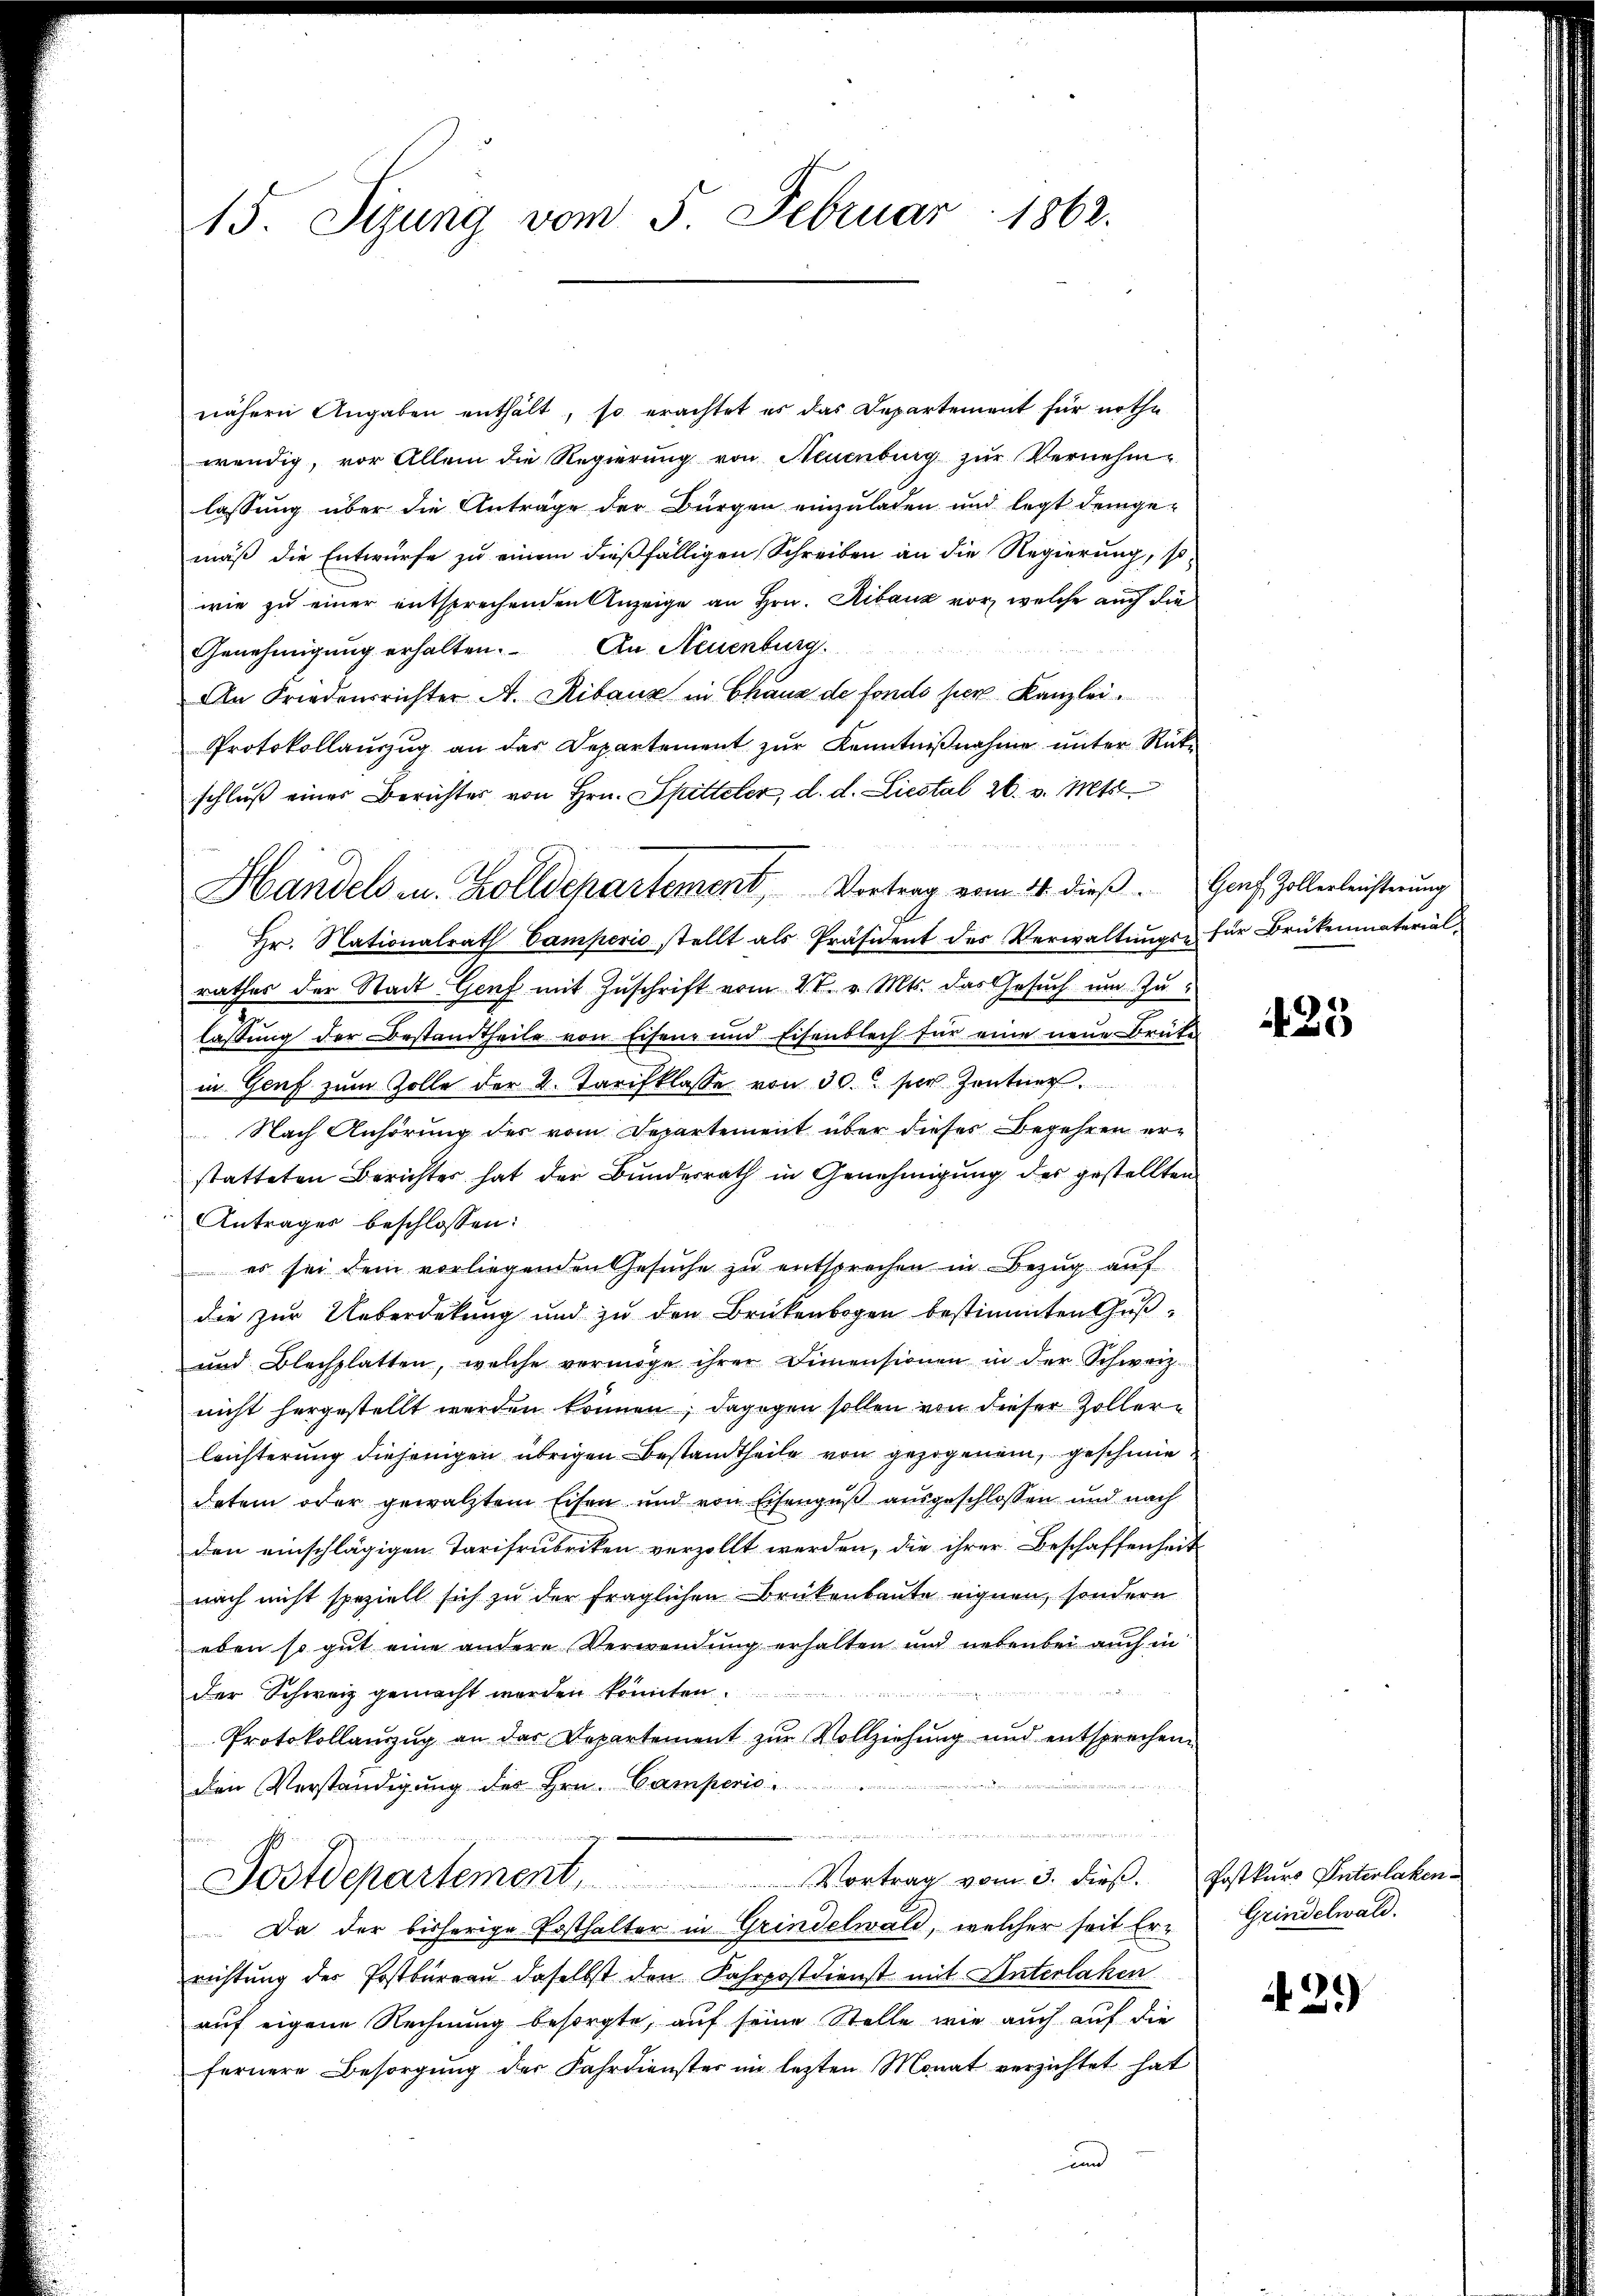
15 Sizung vom 5. Februar 1862.

nähern Angaben enthält, so erachtet es das Departement für nöthe
wendig, vor Allem die Regierŭng von Neuenburg zŭr Vernehm-
lassung über die Anträge der Bürgen einzuladen und legt demge-
mäß die Entwürfe zu einem dießfälligen Schreiben an die Regierung, so-
wie zu einer entsprechenden Anzeige an Hrn. Ribauz vor, welche auch die
Genehmigung erhalten. An Neuenburg.
An Friedensrichter A. Ribaux in Chaus de fonde hier Kanzlei.
Protokollauszug an das Departement zur Kenntnißnahme unter Rückschluß eines Berichter von Hrn. Spitteler, d. d. Liestal 26. v. Mts.
hr. Nationalrath Camperio stellt als Präsident des Verwaltŭngs- für Brükenmaterial-
rathes der Stadt Genf mit Zuschrift vom 2t. v. Mts. das Gesuch um Zulassung der Bestandtheile von Eisene und Eisenblech für eine neue Brüte
in Genf zum Zolle der 2. Tarifklasse von 30. per Zentner.
Nach Anhörung des vom Departement über dieses Begehren er-
statteten Berichter hat der Bŭndesrath in Genehmigŭng der gestellten
Antrages beschlossen:
 es sei dem vorliegenden Gesuche zu entsprechen in Bezug auf
die zur Ueberdekung und zu den Brükenbogen bestimmten Gŭβ-
und Blechplatten, welche vermöge ihrer Dimensionen in der Schweiz.
nicht hergestellt werden können; dagegen sollen von dieser Zollerleichterung diejenigen übrigen Bestandtheile von gezogenem geschwiedetem oder gewälztem Eisen und von Eisenguß ausgeschlossen und nach
den einschlägigen Tarifrubriken verzollt werden, die ihrer Beschaffenheit
nach nicht speziell sich zu der fraglichen Brükenbaute eignen, sondern
eben so gut eine andere Verwendung erhalten und nebenbei auch in
der Schweiz gemacht worden könnten.

Protokollauszug an das Departement zur Vollziehung und entsprechen.
Den Verständigung des Hrn. Camperio
Postdepartement, Vortrag vom 3. dieβ. Postkŭrs Interlaken
Da der bisherige Posthalter in Grindelwald, welcher seit Errichtung der Postbüreau daselbst den Fahrpostdienst mit Unterlaken
auf eigene Rechnung besorgte, auf seine Stelle wie auch auf die
fernere Besorgŭng der Fahrdienster nie letzten Monat verzichtet hat
und

Handels u. Zolldepartement, Vortrag vom 21. dieβ. Graf Zollerleichterung

25

Grindelwald.

1429)